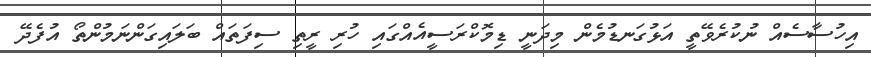
އިހުސާސެއް ނުކުރެވޭތީ އަޅުގަނޑުމެން މިދަނީ ޑިމޮކްރަސީއެއްގައި ހުރި ރީތި ސިފަތައް ބަލައިގަންނަމުންތޯ އުފެދޭ